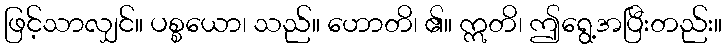
ဖြင့်သာလျှင်။ ပစ္စယော၊ သည်။ ဟောတိ၊ ၏။ ဣတိ၊ ဤရွေ့အပြီးတည်း။